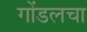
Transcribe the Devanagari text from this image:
गोंडलचा